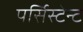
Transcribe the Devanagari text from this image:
पर्सिस्टेन्ट